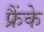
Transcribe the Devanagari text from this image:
फ्रैंके